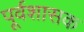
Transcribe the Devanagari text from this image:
पूर्वशासक